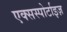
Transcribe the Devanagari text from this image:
एक्सस्पोर्टाइज़